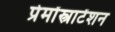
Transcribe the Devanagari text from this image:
प्रेमोंस्त्राटेंशन